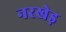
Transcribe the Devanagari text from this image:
नरखेड़